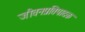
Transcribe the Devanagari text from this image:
जीवनप्रतिपादक